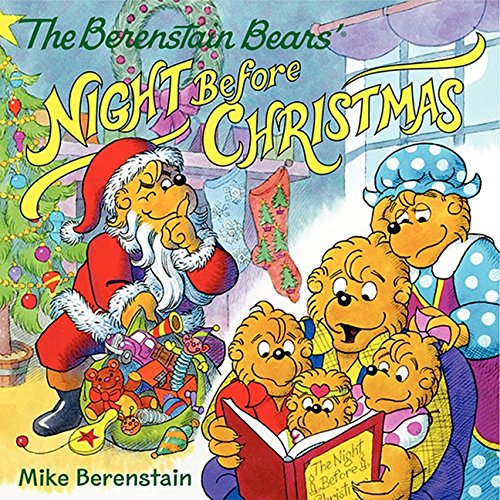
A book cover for The Berenstain Bears' Night Before Christmas; Mike Berenstain; Children's Books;